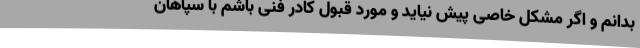
بدانم و اگر مشکل خاصی پیش نیاید و مورد قبول کادر فنی باشم با سپاهان